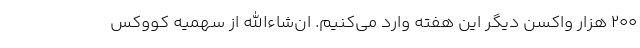
200 هزار واکسن دیگر این هفته وارد می‌کنیم. ان‌شاءالله از سهمیه کووکس